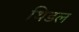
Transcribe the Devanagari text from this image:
थिडल